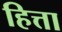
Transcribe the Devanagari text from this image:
हित्ता